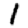
Digit: 1